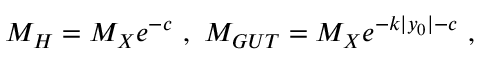
M _ { H } = M _ { X } e ^ { - c } ~ , ~ M _ { G U T } = M _ { X } e ^ { - k | y _ { 0 } | - c } ~ , ~ \,